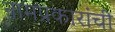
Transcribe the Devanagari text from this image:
नामप्रकारांची